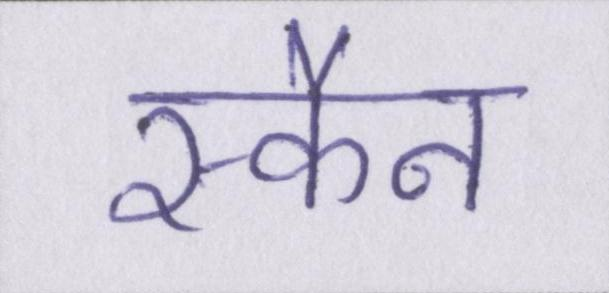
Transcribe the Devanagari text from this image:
स्कैन